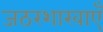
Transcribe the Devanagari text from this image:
जठरशाखाएँ